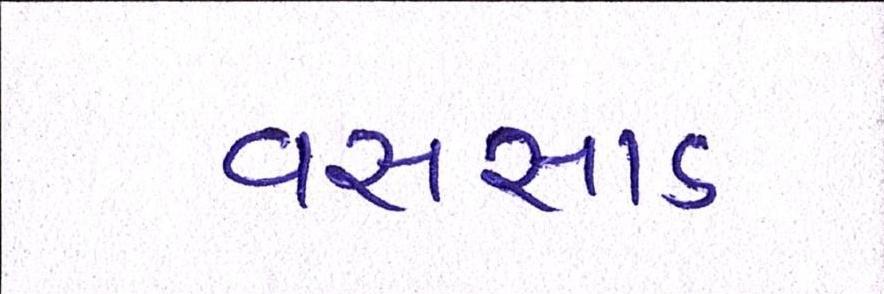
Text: વલસાડ